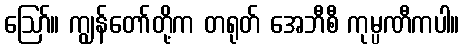
ဪ။ ကျွန်တော်တို့က တရုတ် အေဘီစီ ကုမ္ပဏီကပါ။